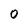
Character: 0